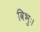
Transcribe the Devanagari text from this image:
विभुः।